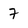
Character: 7